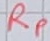
Text: RP